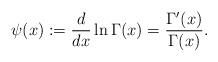
LaTeX: \begin{align*}\psi(x):=\frac{d}{dx} \ln \Gamma(x)=\frac{\Gamma'(x)}{\Gamma(x)}.\end{align*}